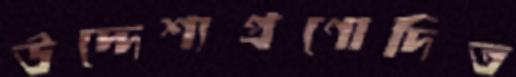
উদ্দেশ্যপ্রণোদিত